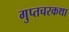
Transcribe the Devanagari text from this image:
गुप्तचरकथा